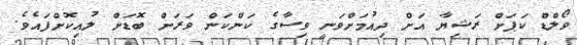
ވޯލްޑް ކަޕަށް ރަޝިޔާ އަށް ދިއުމަށްވަނީ ވިސާގެ ކަންކަން ވަރަށް ބޮޑަށް ލުއިކޮށްފައެވެ.